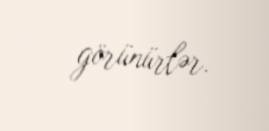
görünürlər.